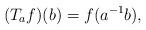
LaTeX: \begin{align*}(T_af)(b)=f(a^{-1}b),\end{align*}